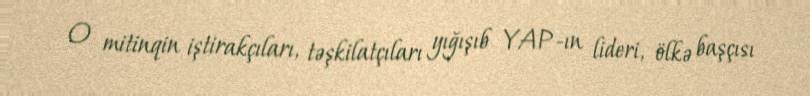
O mitinqin iştirakçıları, təşkilatçıları yığışıb YAP-ın lideri, ölkə başçısı